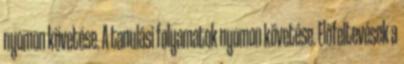
nyomon követése. A tanulási folyamatok nyomon követése. Előfeltevések a